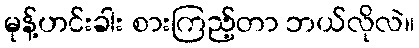
မုန့်ဟင်းခါး စားကြည့်တာ ဘယ်လိုလဲ။